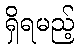
ရှိရမည့်